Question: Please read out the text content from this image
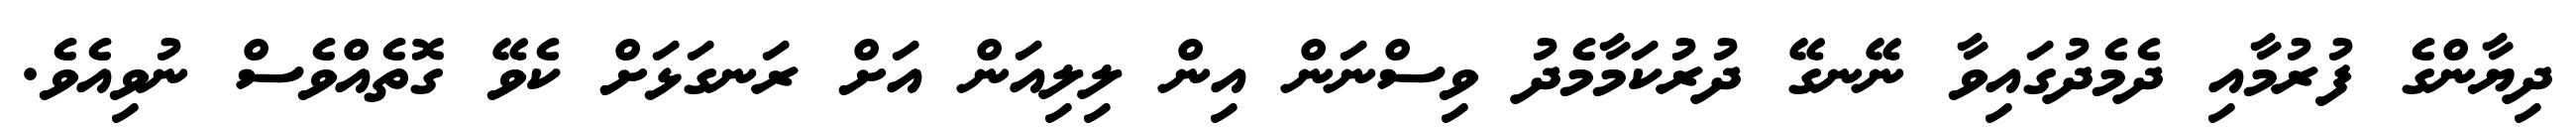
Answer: ދިޔާންގެ ފުރުމާއި ދެމެދުގައިވާ ނޭނގޭ ދުރުކަމާމެދު ވިސްނަން އިން ލިލިއަން އަށް ރަނގަޅަށް ކެވޭ ގޮތެއްވެސް ނުވިއެވެ.